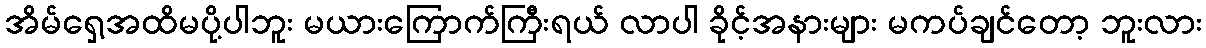
အိမ်ရှေ့အထိမပို့ပါဘူး မယားကြောက်ကြီးရယ် လာပါ ခိုင့်အနားများ မကပ်ချင်တော့ ဘူးလား